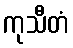
ကုသီတံ